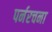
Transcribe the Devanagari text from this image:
पर्नरचना